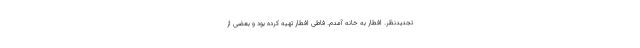
تجدیدنظر. افطار به خانه آمدم. فاطى افطار تهیه كرده بود و بعضى از